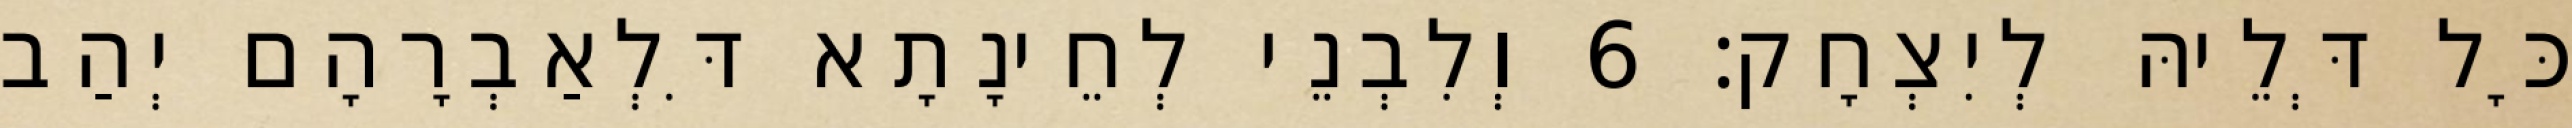
כָּל דְּלֵיהּ לְיִצְחָק׃ 6 וְלִבְנֵי לְחֵינָתָא דִּלְאַבְרָהָם יְהַב